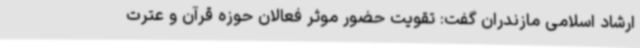
ارشاد اسلامی مازندران گفت: تقویت حضور موثر فعالان حوزه قرآن و عترت